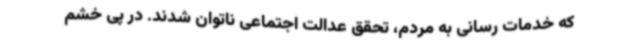
که خدمات رسانی به مردم، تحقق عدالت اجتماعی ناتوان شدند. در پی خشم